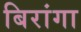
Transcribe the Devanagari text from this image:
बिरांगा